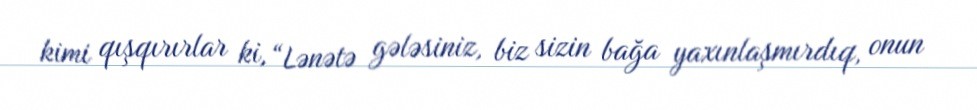
kimi qışqırırlar ki, “Lənətə gələsiniz, biz sizin bağa yaxınlaşmırdıq, onun